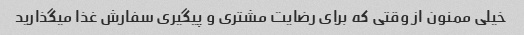
خیلی ممنون از وقتی که برای رضایت مشتری و پیگیری سفارش غذا میگذارید